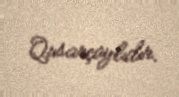
Qusarçaylıdır.